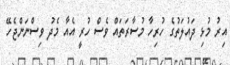
އިރު މުޅި ދައުލަތުގެ ހުރިހާ މުސާރަތައް ވެސް ހުރީ އެއާ މެދު ވިސްނަންޖެހޭ